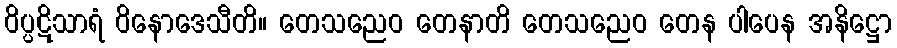
ဝိပ္ပဋိသာရံ ဝိနောဒေသီတိ။ တေသညေဝ တေနာတိ တေသညေဝ တေန ပါပေန အနိဋ္ဌော